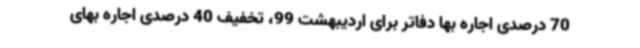
70 درصدی اجاره بها دفاتر برای اردیبهشت 99، تخفیف 40 درصدی اجاره بهای